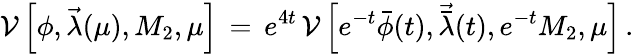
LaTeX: {\cal V}\left[\phi,{\vec{\lambda}}(\mu),M_{2},\mu\right]\, =\, e^{4t}\, {\cal V}\left[e^{-t}{\bar{\phi}}(t),{\vec{\bar{\lambda}}}(t),e^{-t}M_{2},\mu\right]\, .